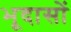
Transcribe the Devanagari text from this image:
भूदासों